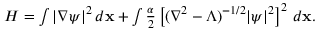
\begin{array} { r } { H = \int | \nabla \psi | ^ { 2 } \, d { \bf x } + \int \frac { \alpha } { 2 } \left[ ( \nabla ^ { 2 } - \Lambda ) ^ { - 1 / 2 } | \psi | ^ { 2 } \right] ^ { 2 } \, d { \bf x } . } \end{array}